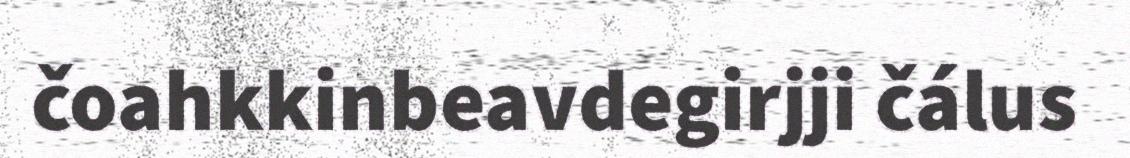
čoahkkinbeavdegirjji čálus